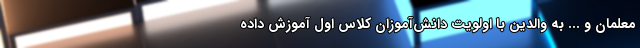
معلمان و ... به والدین با اولویت دانش‌آموزان کلاس اول آموزش داده